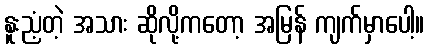
နူးညံ့တဲ့ အသား ဆိုလို့ကတော့ အမြန် ကျက်မှာပေါ့။